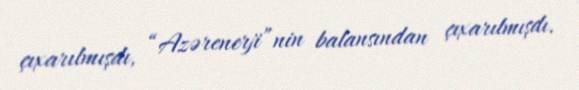
çıxarılmışdı, “Azərenerji”nin balansından çıxarılmışdı.